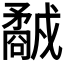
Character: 𥎕